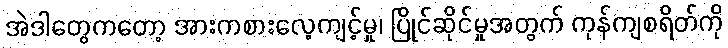
အဲဒါတွေကတော့ အားကစားလေ့ကျင့်မှု၊ ပြိုင်ဆိုင်မှုအတွက် ကုန်ကျစရိတ်ကို